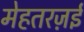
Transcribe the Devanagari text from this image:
मेहतरज़ई